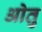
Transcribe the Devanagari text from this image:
ओतु